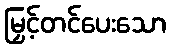
မြှင့်တင်ပေးသော